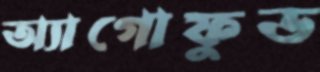
অ্যাগোফুড